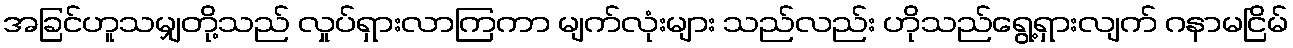
အခြင်ဟူသမျှတို့သည် လှုပ်ရှားလာကြကာ မျက်လုံးများ သည်လည်း ဟိုသည်ရွေ့ရှားလျက် ဂနာမငြိမ်